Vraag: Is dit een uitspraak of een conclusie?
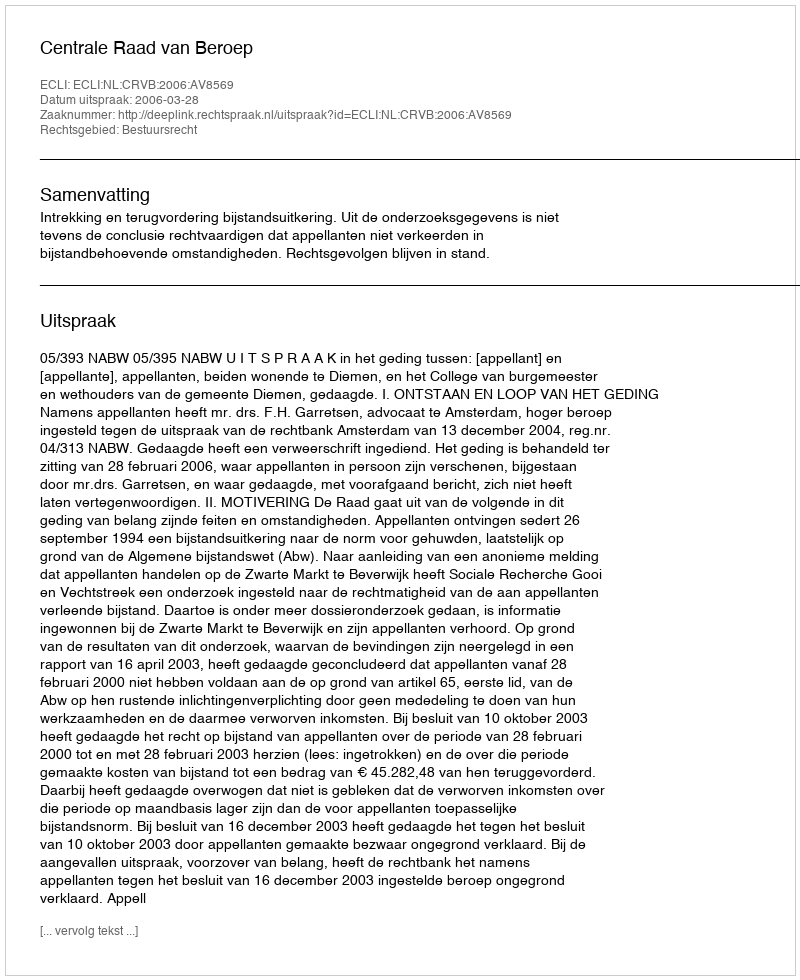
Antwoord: Uitspraak